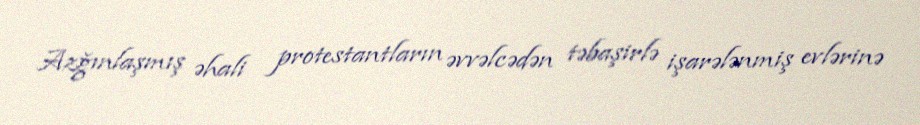
Azğınlaşmış əhali protestantların əvvəlcədən təbaşirlə işarələnmiş evlərinə